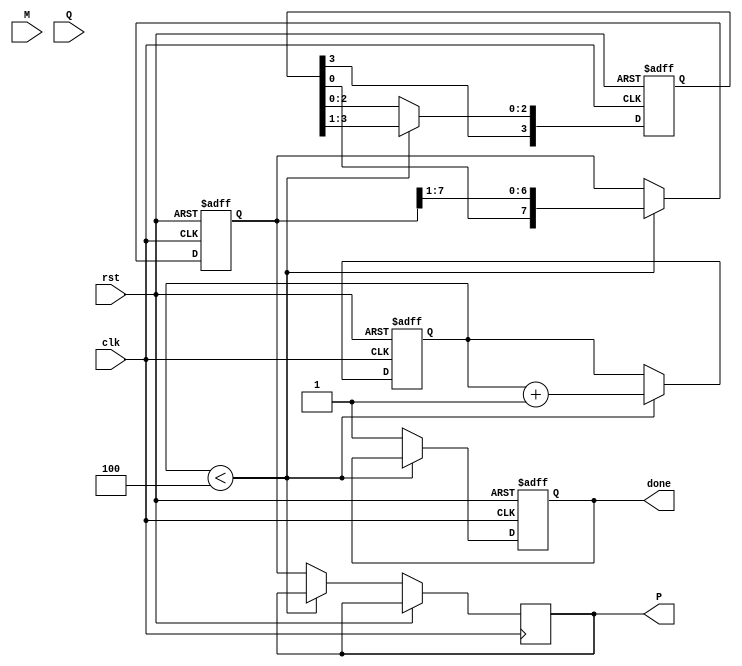
module ModifiedBoothMultiplier #(parameter n = 4) (
    input clk,
    input rst,
    input signed [n-1:0] M, // Multiplicand
    input signed [n-1:0] Q, // Multiplier
    output reg signed [2*n-1:0] P, // Product
    output reg done // Indicates completion of multiplication
);

    reg signed [n-1:0] A; // Accumulator
    reg signed [2*n-1:0] P_temp; // Temporary product register
    reg [n-1:0] count; // Loop counter
    reg [n:0] Q_ext; // Extended multiplier with Q[-1]

    always @(posedge clk or posedge rst) begin
        if (rst) begin
            A <= 0;
            P_temp <= 0;
            Q_ext <= {1'b0, Q}; // Initialize Q_ext to Q with Q[-1] = 0
            count <= 0;
            done <= 0;
        end else begin
            if (count < n) begin
                case ({Q_ext[1:0]}) // Booth encoding
                    2'b00: begin
                        // No operation
                        A <= A; 
                    end
                    2'b01: begin
                        // Add M to A
                        A <= A + M;
                    end
                    2'b10: begin
                        // Subtract M from A
                        A <= A - M;
                    end
                    2'b11: begin
                        // No operation
                        A <= A;
                    end
                endcase
                
                // Shift right operation
                P_temp <= {A[0], P_temp[2*n-1:1]}; // Shift result
                Q_ext <= {Q_ext[n-1:0], 1'b0}; // Logical right shift Q_ext
                A <= A >>> 1; // Arithmetic right shift for A 

                count <= count + 1;
            end else begin
                P <= P_temp; // Assign the final product
                done <= 1; // Indicate multiplication is done
            end
        end
    end
endmodule